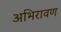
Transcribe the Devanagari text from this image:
अभिरावण